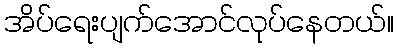
အိပ်ရေးပျက်အောင်လုပ်နေတယ်။